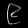
Digit: ၉